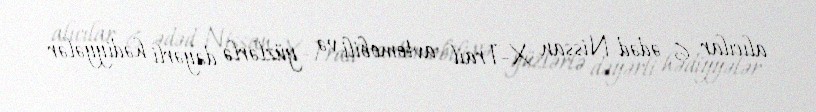
alıcılar 6 ədəd Nissan X-Trail avtomobili və yüzlərlə dəyərli hədiyyələr